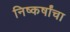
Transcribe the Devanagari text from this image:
निष्कर्षांचा